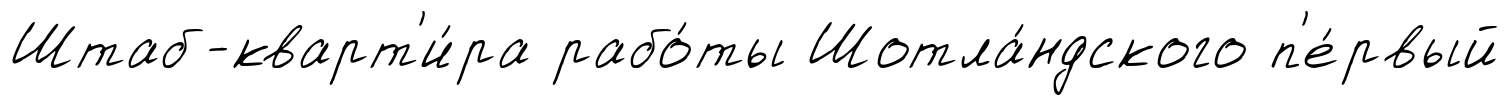
Штаб-кварт'и́ра рабо́ты Шотла́ндского п'е́рвый